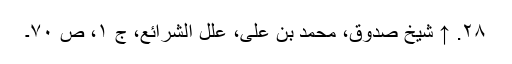
۲۸. ↑ شیخ صدوق، محمد بن علی، علل الشرائع، ج ۱، ص ۷۰۔